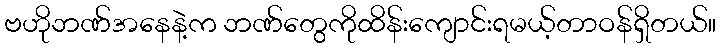
ဗဟိုဘဏ်အနေနဲ့က ဘဏ်တွေကိုထိန်းကျောင်းရမယ့်တာဝန်ရှိတယ်။